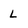
Character: L